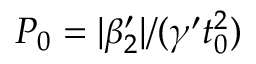
P _ { 0 } = | \beta _ { 2 } ^ { \prime } | / ( \gamma ^ { \prime } t _ { 0 } ^ { 2 } )